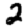
Digit: 2